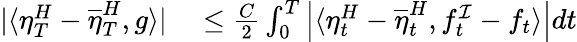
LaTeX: \begin{array}{rl}{|\langle\eta_{T}^{H}-\overline{{\eta}}_{T}^{H},g\rangle|}&{{}\leq\frac{C}{2}\int_{0}^{T}\left|\langle\eta_{t}^{H}-\overline{{\eta}}_{t}^{H},f_{t}^{\mathcal{I}}-f_{t}\rangle\right|dt}\end{array}